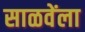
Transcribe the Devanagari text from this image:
साळवेंला